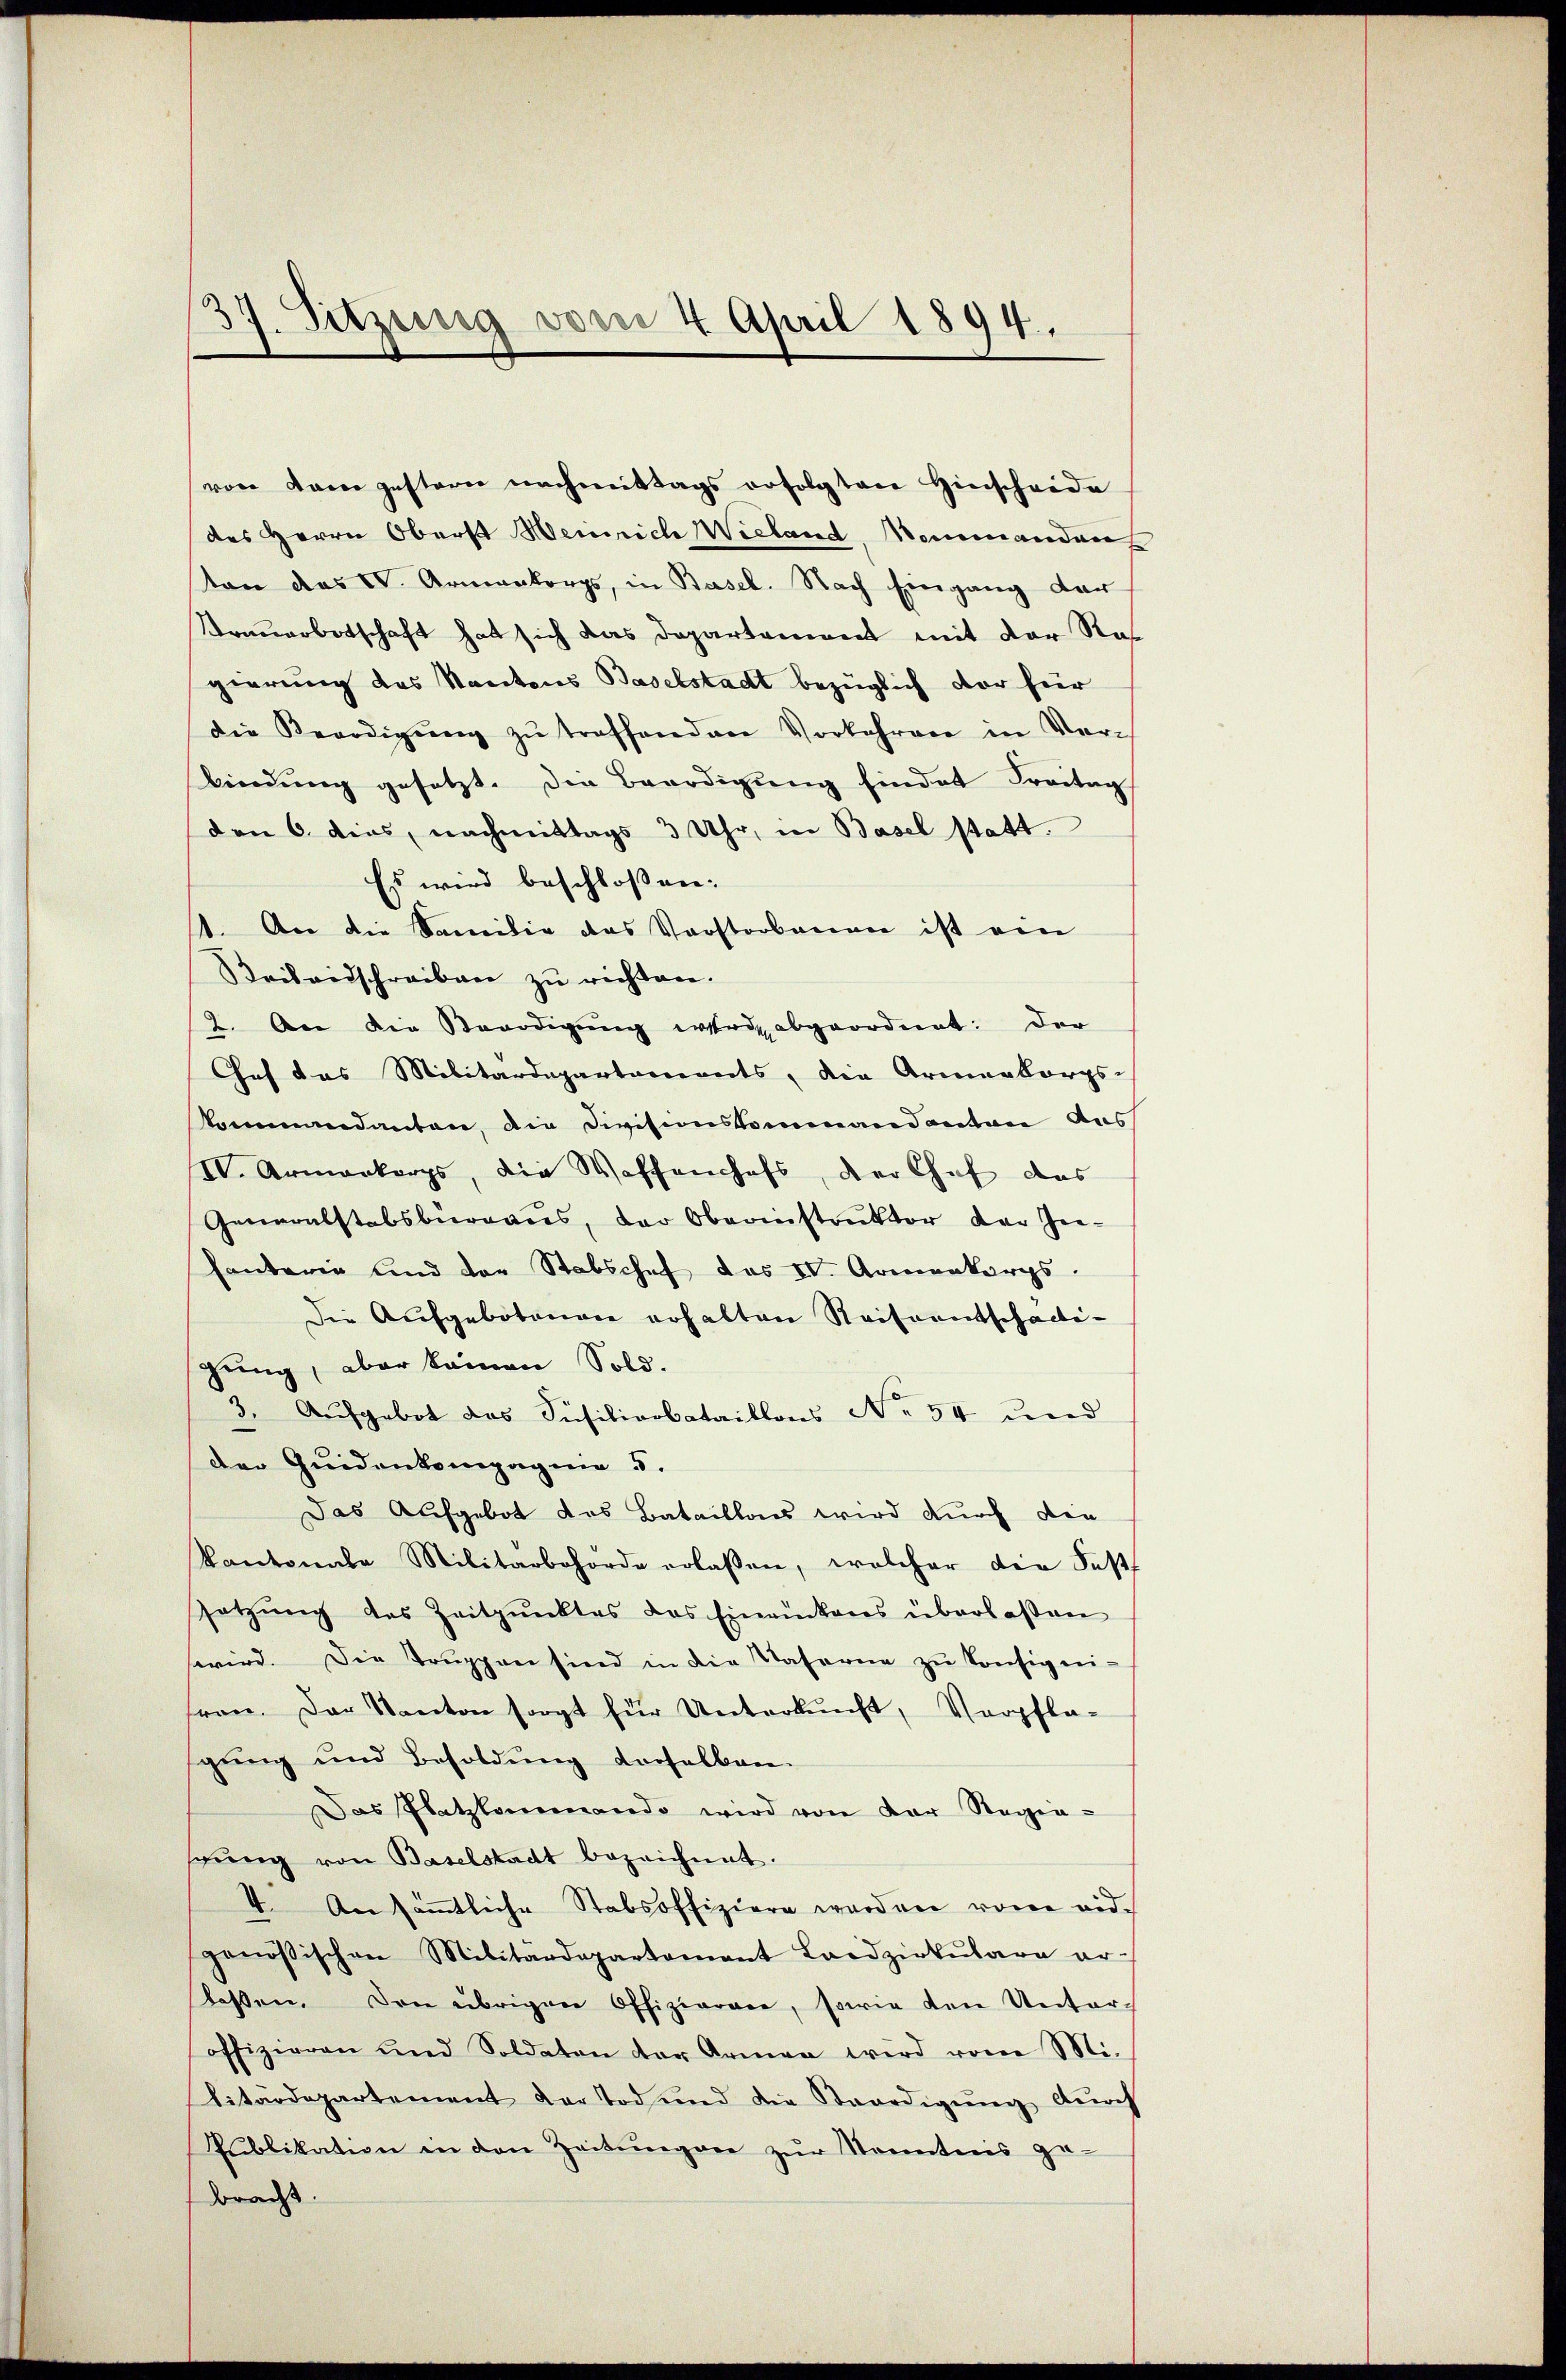
3
7. Sitzung vom 4. April 1894.

von dem gestern nachmittags erfolgten Hinscheide
des Herrn Oberst Heinrich Wieland, Mammandan
ton des V. Armenbergs, in Basel. Nach Eingang der
Treuerbotschaft hat sich das Departement mit der Regierung des Kantons Baselstadt bezüglich vor für
die Verdigŭng zŭ treffenden Vorkehren in Ver-
bindŭng gesetzt. Die Beerdigŭng findet Freitag
den 6. dies, nachmittags 3 Uhr, in Basel statt.
Es wird beschlossen:
An die Samilie das Vorstorbenen ist ein
Beilandschreiben zŭ richten.
2. An die Beerdigŭng werde abgeordnet: der
Ges das Militärdepartements, die Armenbergs-
kommendanten, die Divisionskommandanten Aus
IV. Armenkorps, die Waffenhofs, der Chef das
Generalstabsburgaus, der Oberinstruktor der Gehantaria und der Stabschef das IV. Armenkorps.
Die Aufgebotenen erhalten Reiseentschactigung, aber keinen Sold.
3. Aufgebot das Süsitionbataillons No 54 und
der Quidenkompagnie 5.
Das Aufgebot das Bataillons wird durch die
kantonale Militärbehörde erlassen, welcher die Fests
setzung des Zeitpunktes das Einrinkens überlassen
wird. Die Trŭppen sind in die Waserne zŭ konsigni-
tron. Der Kanton sorgt für Unterkŭnft, Verpfla-
gŭng und Besoldŭng vorhalban-
Das Platzlammando wird von der Regie-
gŭng von Baselstadt bezeichnet.
4. An sämmtliche Stabsoffiziere werden von eidgenößischen Militärdepartamant Landzirkŭlare er-
lassen. Den übrigen Offiziarare, sowie den Unteroffizieren und Soldaten der Armen wird vom Mi-
litärdepartement der Tod und die Beerdigŭng dŭrch
Publikation in den Zeitŭngen zŭr Sonntens ge-
bracht